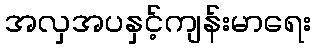
အလှအပနှင့်ကျန်းမာရေး